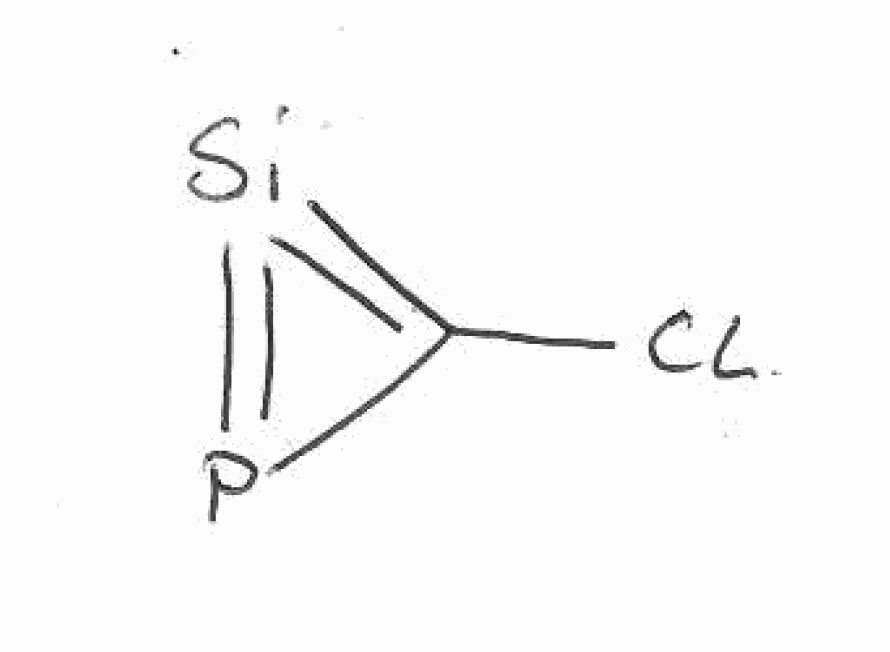
Simplified molecular-input line-entry system (SMILES) notation of the given molecule:
C1(=[Si]=P1)Cl